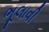
ભૂલાવી